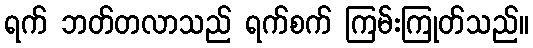
ရက် ဘတ်တလာသည် ရက်စက် ကြမ်းကြုတ်သည်။